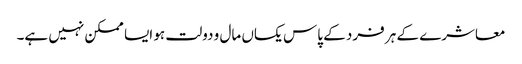
معاشرے کے ہر فرد کے پاس یکساں مال و دولت ہو ایسا ممکن نہیں ہے۔